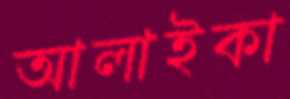
আলাইকা